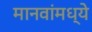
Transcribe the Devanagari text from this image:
मानवांमध्ये